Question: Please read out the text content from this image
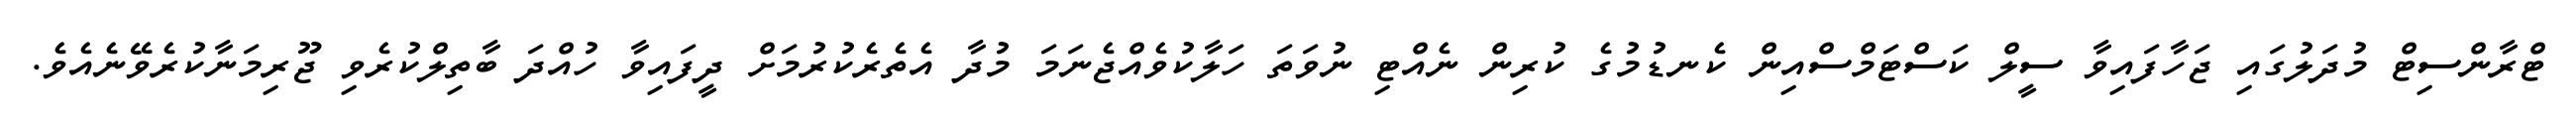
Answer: ޓްރާންސިޓް މުދަލުގައި ޖަހާފައިވާ ސީލް ކަސްޓަމްސްއިން ކެނޑުމުގެ ކުރިން ނެއްޓި ނުވަތަ ހަލާކުވެއްޖެނަމަ މުދާ އެތެރެކުރުމަށް ދީފައިވާ ހުއްދަ ބާތިލްކުރެވި ޖޫރިމަނާކުރެވޭނެއެވެ.